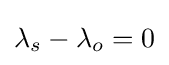
\lambda _{s}-\lambda _{o}=0